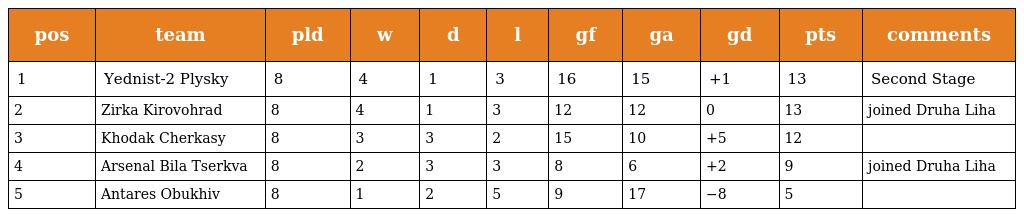
| pos | team | pld | w | d | l | gf | ga | gd | pts | comments |
 | --- | --- | --- | --- | --- | --- | --- | --- | --- | --- | --- |
 | 1 | Yednist-2 Plysky | 8 | 4 | 1 | 3 | 16 | 15 | +1 | 13 | Second Stage |
 | 2 | Zirka Kirovohrad | 8 | 4 | 1 | 3 | 12 | 12 | 0 | 13 | joined Druha Liha |
 | 3 | Khodak Cherkasy | 8 | 3 | 3 | 2 | 15 | 10 | +5 | 12 |  |
 | 4 | Arsenal Bila Tserkva | 8 | 2 | 3 | 3 | 8 | 6 | +2 | 9 | joined Druha Liha |
 | 5 | Antares Obukhiv | 8 | 1 | 2 | 5 | 9 | 17 | −8 | 5 |  |